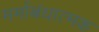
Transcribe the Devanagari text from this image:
मर्माबंधात्मक